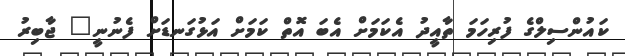
ކައުންސިލްގެ ފުރިހަމަ ތާއީދު އެކަމަށް އެބަ އޮތް ކަމަށް އަޅުގަނޑަށް ފެނުނީ" ޖާބިރު